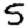
Digit: 5